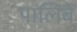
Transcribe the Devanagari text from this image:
पालिबे